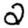
Digit: 2